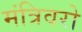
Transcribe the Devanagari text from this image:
मंत्रिवरो